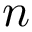
n